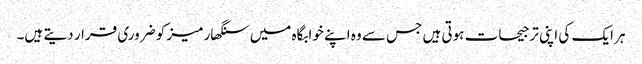
ہر ایک کی اپنی ترجیحات ہوتی ہیں جس سے وہ اپنے خوابگاہ میں سنگھار میز کو ضروری قرار دیتے ہیں۔